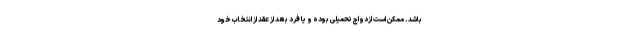
باشد. ممکن است ازدواج تحمیلی بوده و یا فرد بعد از عقد از انتخاب خود